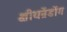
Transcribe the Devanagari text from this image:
क्षीयन्रेंडोंग